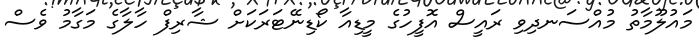
މައުލޫމާތު މުއްސަނދިވި ރައީސް އޮފީހުގެ މީޑިއާ ކޯޑިނޭޓަރަކަށް ޝާރިފް ހާލާގެ މަގާމު ވެސް